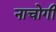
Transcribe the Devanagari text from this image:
नाचोगी